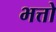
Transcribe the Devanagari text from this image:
भत्तो